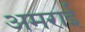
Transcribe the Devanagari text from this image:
अमराई